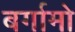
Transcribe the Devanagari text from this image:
बर्गामो